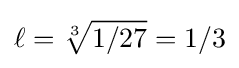
\ell ={\sqrt[{3}]{1/27}}=1/3